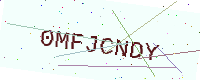
Text: 0MFJCNDY